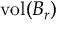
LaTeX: \operatorname { v o l } ( B _ { r } )